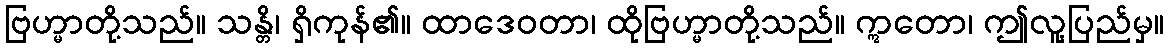
ဗြဟ္မာတို့သည်။ သန္တိ၊ ရှိကုန်၏။ ထာဒေဝတာ၊ ထိုဗြဟ္မာတို့သည်။ ဣတော၊ ဤလူ့ပြည်မှ။